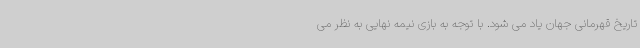
تاریخ قهرمانی جهان یاد می شود. با توجه به بازی نیمه نهایی به نظر می